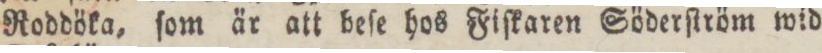
Roddöka, ſom är att beſe hos Fiſkaren Söderſtröm wid